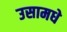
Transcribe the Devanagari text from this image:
उसामधे